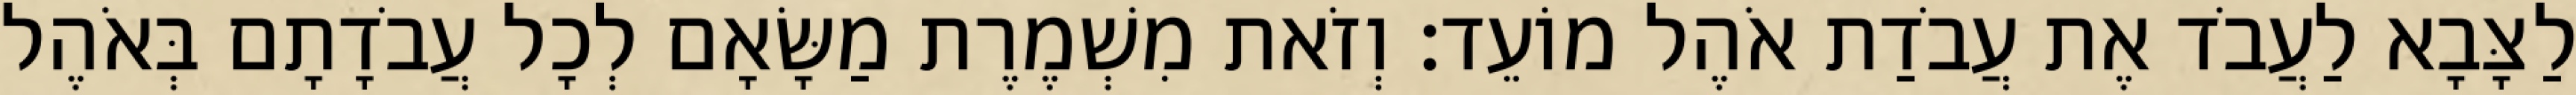
לַצָּבָא לַעֲבֹד אֶת עֲבֹדַת אֹהֶל מוֹעֵד׃ וְזֹאת מִשְׁמֶרֶת מַשָּׂאָם לְכָל עֲבֹדָתָם בְּאֹהֶל